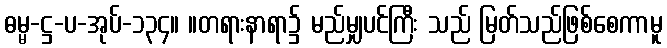
ဓမ္မ-ဋ္ဌ-ပ-အုပ်-၁၃၄။ ။တရားနာရာ၌ မည်မျှပင်ကြီး သည် မြတ်သည်ဖြစ်စေကာမူ